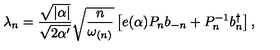
\lambda _ { n } = \frac { \sqrt { | \alpha | } } { \sqrt { 2 \alpha ^ { \prime } } } \sqrt { \frac { n } { \omega _ { ( n ) } } } \left[ e ( \alpha ) P _ { n } b _ { - n } + P _ { n } ^ { - 1 } b _ { n } ^ { \dagger } \right] ,